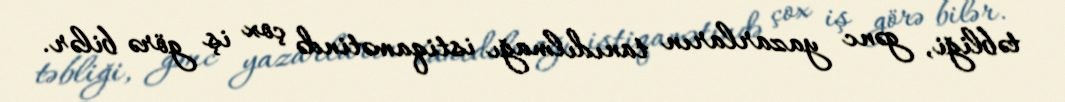
təbliği, gənc yazarların tanıdılmağı istiqamətində çox iş görə bilər.